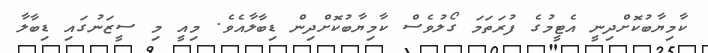
ކާމިޔާބުކޮށްދިނީ އެޓީމުގެ ފުރަތަމަ ގޯލުވެސް ކާމިޔާބުކޮށްދިން ޑިބާލާއެވެ. މިއީ މި ސީޒަނުގައި ޑިބާލާ